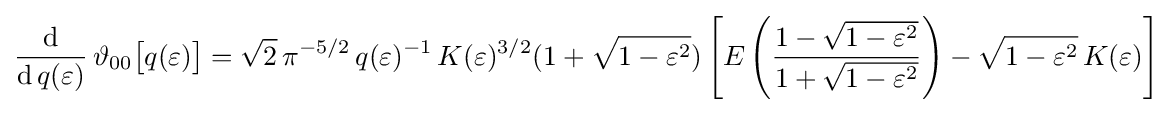
{\frac {\mathrm {d} }{\mathrm {d} \,q(\varepsilon )}}\,\vartheta _{00}{\bigl [}q(\varepsilon ){\bigr ]}={\sqrt {2}}\,\pi ^{-5/2}\,q(\varepsilon )^{-1}\,K(\varepsilon )^{3/2}(1+{\sqrt {1-\varepsilon ^{2}}})\left[E\left({\frac {1-{\sqrt {1-\varepsilon ^{2}}}}{1+{\sqrt {1-\varepsilon ^{2}}}}}\right)-{\sqrt {1-\varepsilon ^{2}}}\,K(\varepsilon )\right]